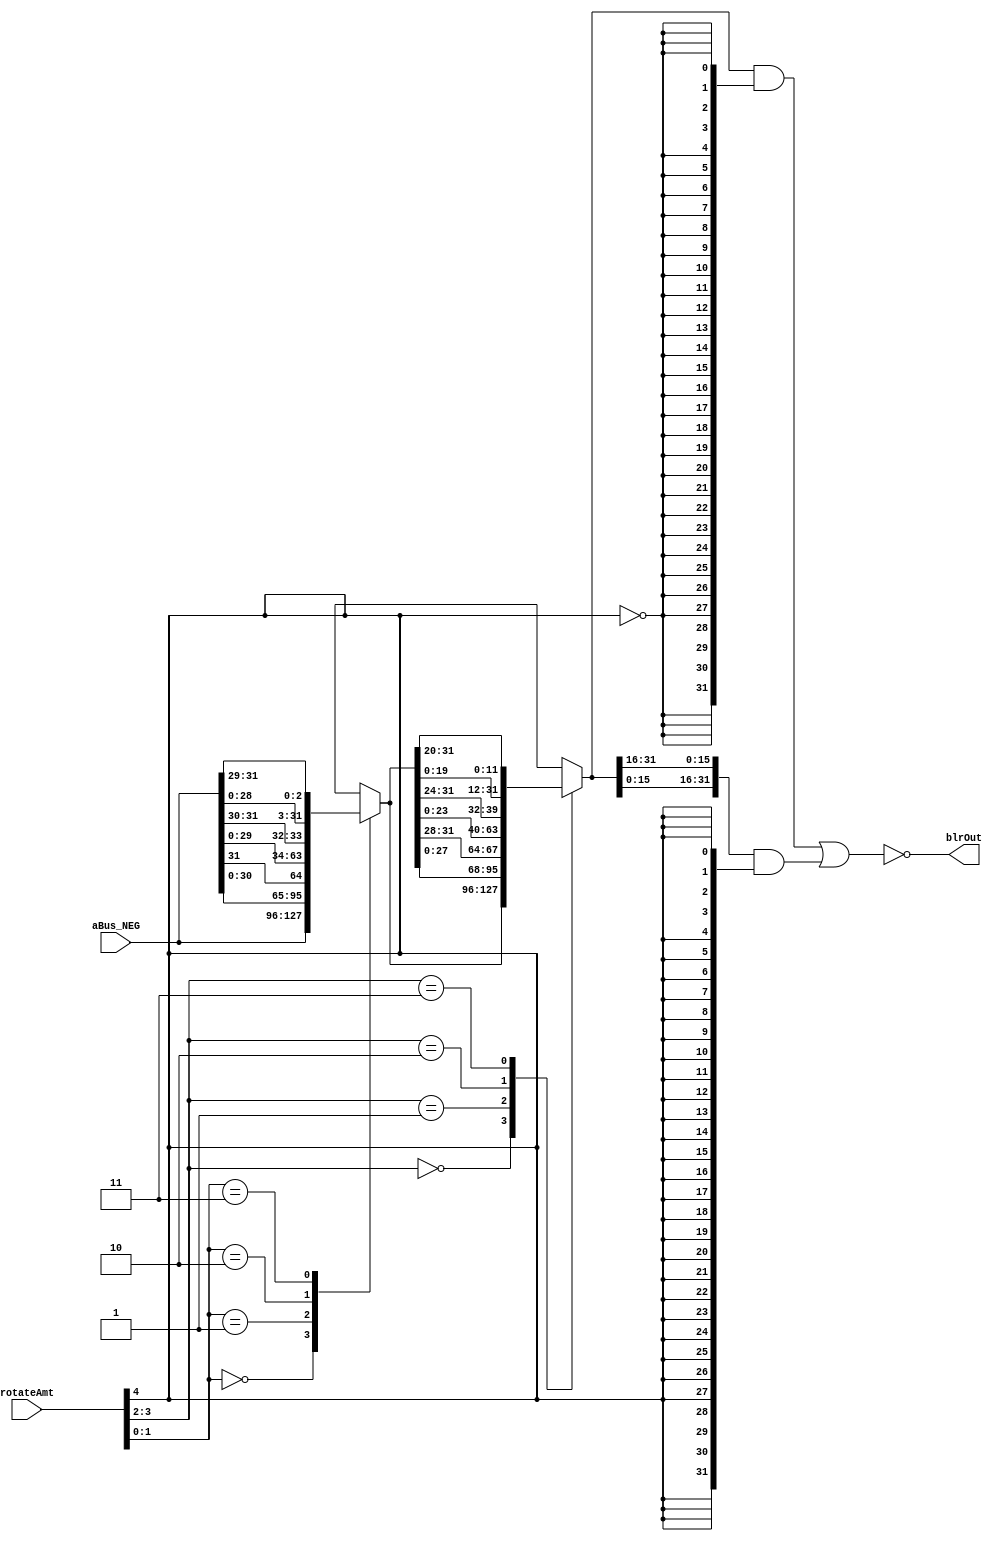
// 
// ************************************************************************** 
// 
//  Copyright (c) International Business Machines Corporation, 2005. 
// 
//  This file contains trade secrets and other proprietary and confidential 
//  information of International Business Machines Corporation which are 
//  protected by copyright and other intellectual property rights and shall 
//  not be reproduced, transferred to other documents, disclosed to others, 
//  or used for any purpose except as specifically authorized in writing by 
//  International Business Machines Corporation. This notice must be 
//  contained as part of this text at all times. 
// 
// ************************************************************************** 
//
module p405s_srmBlr (blrOut, aBus_NEG, rotateAmt);
    output [0:31] blrOut;
    input [0:31] aBus_NEG;
    input [0:4] rotateAmt;


//wire [0:31] blrLvl1_NEG;
//dp_muxEXE_srmBlrLvl1       muxEXE_srmBlrLvl1(.Z(blrLvl1_NEG[0:31]),
//                                             .D0(aBus_NEG[0:31]),
//                                             .D1({aBus_NEG[1:31],aBus_NEG[0]}),
//                                             .D2({aBus_NEG[2:31],aBus_NEG[0:1]}),
//                                             .D3({aBus_NEG[3:31],aBus_NEG[0:2]}),
//                                             .SD0(rotateAmt[3]),
//                                             .SD2(rotateAmt[4]));
// Removed the module 'dp_muxEXE_srmBlrLvl1'
reg [0:31] blrLvl1_NEG;
always @(rotateAmt or aBus_NEG )
    begin                                           
    case({rotateAmt[3],rotateAmt[4]})       
     2'b00: blrLvl1_NEG[0:31] = aBus_NEG[0:31];    
     2'b01: blrLvl1_NEG[0:31] = {aBus_NEG[1:31],aBus_NEG[0]};    
     2'b10: blrLvl1_NEG[0:31] = {aBus_NEG[2:31],aBus_NEG[0:1]};    
     2'b11: blrLvl1_NEG[0:31] = {aBus_NEG[3:31],aBus_NEG[0:2]};    
      default: blrLvl1_NEG[0:31] = 32'bx;        
    endcase                                    
   end  

//wire [0:31] blrLvl2_NEG;
//dp_muxEXE_srmBlrLvl2       muxEXE_srmBlrLvl2(.Z(blrLvl2_NEG[0:31]),
//                                             .D0(blrLvl1_NEG[0:31]),
//                                             .D1({blrLvl1_NEG[4:31],blrLvl1_NEG[0:3]}),
//                                             .D2({blrLvl1_NEG[8:31],blrLvl1_NEG[0:7]}),
//                                             .D3({blrLvl1_NEG[12:31],blrLvl1_NEG[0:11]}),
//                                             .SD(rotateAmt[1:2]));
// Removed the module 'dp_muxEXE_srmBlrLvl2'
reg [0:31] blrLvl2_NEG;
always @(blrLvl1_NEG or rotateAmt)
    begin                                           
    case(rotateAmt[1:2])                     
     2'b00: blrLvl2_NEG[0:31] = blrLvl1_NEG[0:31];
     2'b01: blrLvl2_NEG[0:31] = {blrLvl1_NEG[4:31],blrLvl1_NEG[0:3]};    
     2'b10: blrLvl2_NEG[0:31] = {blrLvl1_NEG[8:31],blrLvl1_NEG[0:7]};    
     2'b11: blrLvl2_NEG[0:31] = {blrLvl1_NEG[12:31],blrLvl1_NEG[0:11]};    
      default: blrLvl2_NEG[0:31] = 32'bx;   
    endcase                                    
   end  
//
//dp_muxEXE_srmBlrLvl3       muxEXE_srmBlrLvl3(.Z(blrOut[0:31]),
//                                             .D0(blrLvl2_NEG[0:31]),
//                                             .D1({blrLvl2_NEG[16:31],blrLvl2_NEG[0:15]}),
//                                             .SD(rotateAmt[0]));
// Removed the module 'dp_muxEXE_srmBlrLvl3'
assign blrOut[0:31] = ~( (blrLvl2_NEG[0:31] & {(32){~(rotateAmt[0])}} ) | ({blrLvl2_NEG[16:31],blrLvl2_NEG[0:15]} & {(32){rotateAmt[0]}} ) );

endmodule